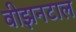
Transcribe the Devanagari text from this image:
वीझनटाल